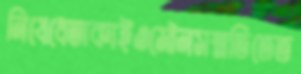
নিষেধেতাকাইওমৌনসম্মতিতেত